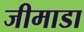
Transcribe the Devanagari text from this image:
जीमाडा